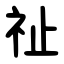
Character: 祉